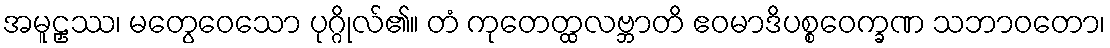
အမူဠှဿ၊ မတွေဝေသော ပုဂ္ဂိုလ်၏။ တံ ကုတေတ္ထလဗ္ဘာတိ ဧဝမာဒိပစ္စဝေက္ခဏ သဘာဝတော၊